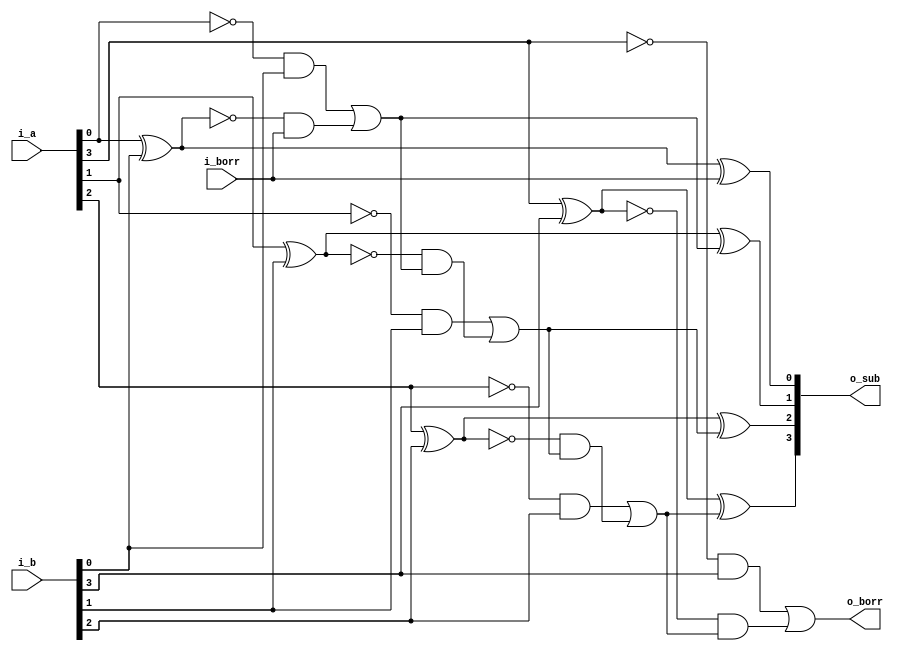
`timescale 1ns/1ps

module subtractor ( i_a, i_b, i_borr, o_sub, o_borr);

parameter WIDTH = 4;

input  [WIDTH-1:0] i_a, i_b;
input 				  i_borr;
output [WIDTH-1:0] o_sub;
output 				 o_borr;

wire   [WIDTH-2:0] borr;

genvar i;

generate
	for( i = 0; i < WIDTH; i = i + 1)begin:SUBTRACTOR
		if( i == 0)
		begin
			assign o_sub[i] = i_a[i] ^ i_b[i] ^ i_borr;
			assign borr [i] = ( ~i_a[i] &  i_b[i]  )|( ( ~( i_a[i] ^ i_b[i] ) ) & i_borr );
		end	
		else if( i == ( WIDTH-1 ) )
		begin
			assign o_sub[i] = i_a[i] ^ i_b[i] ^ borr[i-1];
			assign o_borr = ( ~i_a[i] &  i_b[i]  )|( ( ~( i_a[i] ^ i_b[i] ) ) & borr[i-1] );	
		end
		else
		begin
			assign o_sub[i] = i_a[i] ^ i_b[i] ^ borr[i-1];
			assign borr[i]  = ( ~i_a[i] & i_b[i]  )|( ( ~( i_a[i] ^ i_b[i] ) ) & borr[i-1] );	
  	end
	end
endgenerate
endmodule